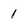
Character: 1